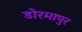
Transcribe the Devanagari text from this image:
डोरमापुर